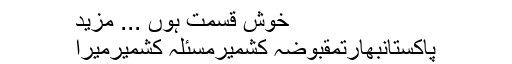
خوش قسمت ہوں ... مزید
پاکستانبھارتمقبوضہ کشمیرمسئلہ کشمیرمیرا